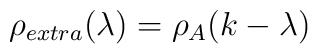
\rho_{extra} (\lambda ) = \rho_{A} (k-\lambda )